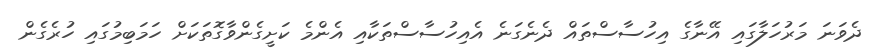
ދެވަނަ މަރުހަލާގައި އޭނާގެ އިހުސާސްތައް ދެނެގަނެ އެއިހުސާސްތަކާއި އެންމެ ކަށީގެންވާގޮތަކަށް ހަމަބިމުގައި ހުރެގެން